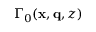
\Gamma _ { 0 } ( \mathbf { x } , \mathbf { q } , z )